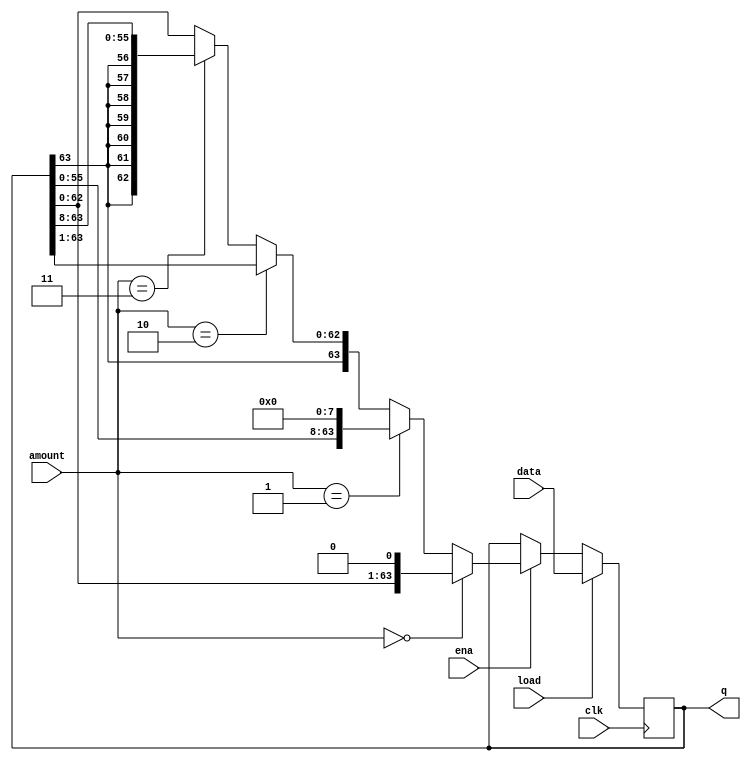
module top_module(
    input clk,
    input load,
    input ena,
    input [1:0] amount,
    input [63:0] data,
    output reg [63:0] q); 
    always @ (posedge clk)
        begin
            if(load)
                q<=data;
            else if(ena) begin
                if(amount == 2'b00)
                    q <= {q[62:0], 1'b0};
                else if (amount == 2'b01)
                    q <= {q[55:0], 8'b0};
                else if (amount == 2'b10)
                    q <= {q[63], q[63:1]};
                else if (amount == 2'b11)
                    q <= {{8{q[63]}}, q[63:8]};
            end
        end

endmodule